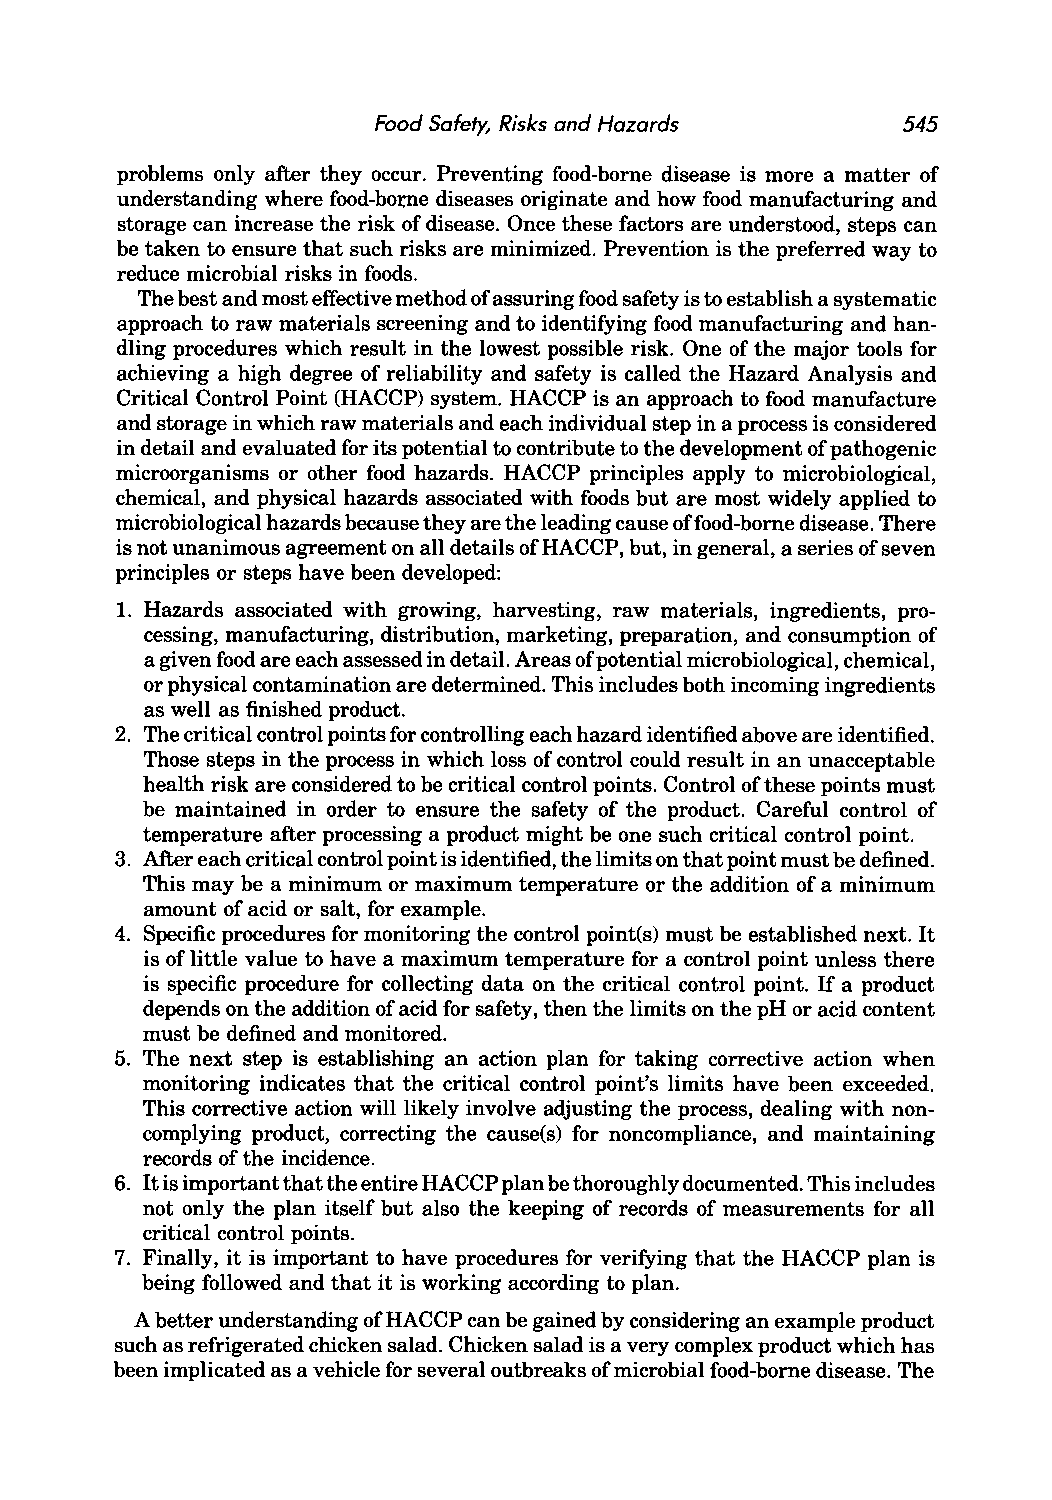
Food Safety, Risks and Hazards     545
 problems only after they occur. Preventing food-borne disease is more a matter of
 understanding where food-bome diseases originate and how food manufacturing and
 storage can increase the risk of disease. Once these factors are understood, steps can
 be taken to ensure that such risks are minimized. Prevention is the preferred way to
 reduce microbial risks in foods.
 The best and most effective method of assuring food safety is to establish a systematic
 approach to raw materials screening and to identifying food manufacturing and han
 dling procedures which result in the lowest possible risk. One of the major tools for
 achieving a high degree of reliability and safety is called the Hazard Analysis and
 Critical Control Point (HACCP) system. HACCP is an approach to food manufacture
 and storage in which raw materials and each individual step in a process is considered
 in detail and evaluated for its potential to contribute to the development of pathogenic
 microorganisms or other food hazards. HACCP principles apply to microbiological,
 chemical, and physical hazards associated with foods but are most widely applied to
 microbiological hazards because they are the leading cause offood-borne disease. There
 is not unanimous agreement on all details of HACCP, but, in general, a series of seven
 principles or steps have been developed:
 1. Hazards associated with growing, harvesting, raw materials, ingredients, pro
 cessing, manufacturing, distribution, marketing, preparation, and consumption of
 a given food are each assessed in detail. Areas of potential microbiological, chemical,
 or physical contamination are determined. This includes both incoming ingredients
 as well as finished product.
 2. The critical control points for controlling each hazard identified above are identified.
 Those steps in the process in which loss of control could result in an unacceptable
 health risk are considered to be critical control points. Control of these points must
 be maintained in order to ensure the safety of the product. Careful control of
 temperature after processing a product might be one such critical control point.
 3. After each critical control point is identified, the limits on that point must be defined.
 This may be a minimum or maximum temperature or the addition of a minimum
 amount of acid or salt, for example.
 4. Specific procedures for monitoring the control point(s) must be established next. It
 is of little value to have a maximum temperature for a control point unless there
 is specific procedure for collecting data on the critical control point. If a product
 depends on the addition of acid for safety, then the limits on the pH or acid content
 must be defined and monitored.
 5. The next step is establishing an action plan for taking corrective action when
 monitoring indicates that the critical control point's limits have been exceeded.
 This corrective action will likely involve adjusting the process, dealing with non
 complying product, correcting the cause(s) for noncompliance, and maintaining
 records of the incidence.
 6. It is important that the entire HACCP plan be thoroughly documented. This includes
 not only the plan itself but also the keeping of records of measurements for all
 critical control points.
 7. Finally, it is important to have procedures for verifying that the HACCP plan is
 being followed and that it is working according to plan.
 A better understanding of HACCP can be gained by considering an example product
 such as refrigerated chicken salad. Chicken salad is a very complex product which has
 been implicated as a vehicle for several outbreaks of microbial food-borne disease. The